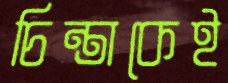
চিন্তাকেই